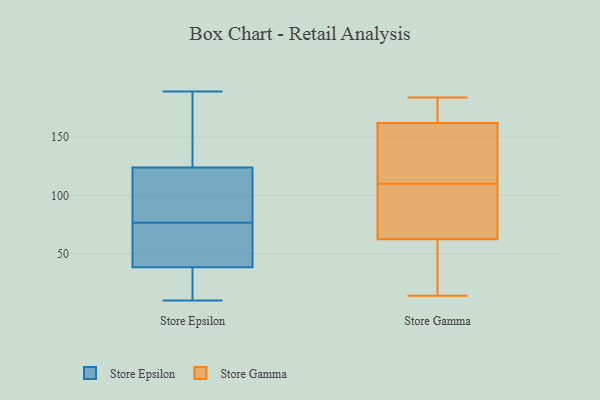
{"axis": {"x": "Website Visitors", "y": "Value"}, "legend": ["Store Epsilon", "Store Gamma"], "data": [{"x": "", "y": 169, "type": "Store Epsilon"}, {"x": "", "y": 10, "type": "Store Epsilon"}, {"x": "", "y": 117, "type": "Store Epsilon"}, {"x": "", "y": 55, "type": "Store Epsilon"}, {"x": "", "y": 39, "type": "Store Epsilon"}, {"x": "", "y": 25, "type": "Store Epsilon"}, {"x": "", "y": 189, "type": "Store Epsilon"}, {"x": "", "y": 185, "type": "Store Epsilon"}, {"x": "", "y": 111, "type": "Store Epsilon"}, {"x": "", "y": 18, "type": "Store Epsilon"}, {"x": "", "y": 38, "type": "Store Epsilon"}, {"x": "", "y": 19, "type": "Store Epsilon"}, {"x": "", "y": 39, "type": "Store Epsilon"}, {"x": "", "y": 126, "type": "Store Epsilon"}, {"x": "", "y": 90, "type": "Store Epsilon"}, {"x": "", "y": 63, "type": "Store Epsilon"}, {"x": "", "y": 149, "type": "Store Epsilon"}, {"x": "", "y": 90, "type": "Store Epsilon"}, {"x": "", "y": 122, "type": "Store Epsilon"}, {"x": "", "y": 52, "type": "Store Epsilon"}, {"x": "", "y": 168, "type": "Store Gamma"}, {"x": "", "y": 168, "type": "Store Gamma"}, {"x": "", "y": 57, "type": "Store Gamma"}, {"x": "", "y": 78, "type": "Store Gamma"}, {"x": "", "y": 122, "type": "Store Gamma"}, {"x": "", "y": 68, "type": "Store Gamma"}, {"x": "", "y": 118, "type": "Store Gamma"}, {"x": "", "y": 98, "type": "Store Gamma"}, {"x": "", "y": 14, "type": "Store Gamma"}, {"x": "", "y": 184, "type": "Store Gamma"}, {"x": "", "y": 23, "type": "Store Gamma"}, {"x": "", "y": 102, "type": "Store Gamma"}, {"x": "", "y": 156, "type": "Store Gamma"}, {"x": "", "y": 33, "type": "Store Gamma"}, {"x": "", "y": 182, "type": "Store Gamma"}, {"x": "", "y": 155, "type": "Store Gamma"}]}